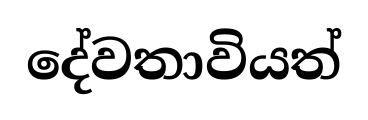
දේවතාවියත්